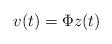
LaTeX: \begin{align*}v(t)=\Phi z(t) \end{align*}